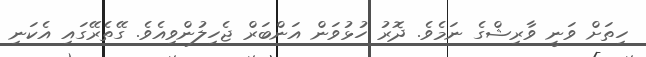
ހިތަށް ވަނީ ވާރިޝްގެ ނަމެވެ. ދޮރު ހުޅުވަން އަންބަރް ޖެހިލުންވިއެވެ. ގޭތެރޭގައި އެކަނި